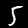
Digit: 5